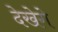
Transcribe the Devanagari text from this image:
देखेगे